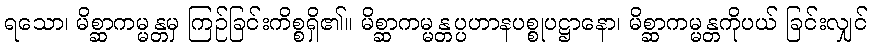
ရသော၊ မိစ္ဆာကမ္မန္တမှ ကြဉ်ခြင်းကိစ္စရှိ၏။ မိစ္ဆာကမ္မန္တပ္ပဟာနပစ္စုပဋ္ဌာနော၊ မိစ္ဆာကမ္မန္တကိုပယ် ခြင်းလျှင်